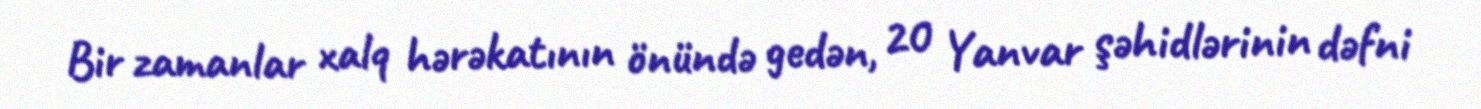
Bir zamanlar xalq hərəkatının önündə gedən, 20 Yanvar şəhidlərinin dəfni